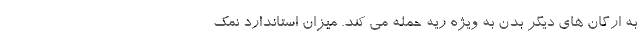
به ارگان های دیگر بدن به ویژه ریه حمله می کند. میزان استاندارد نمک